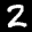
Label: 2